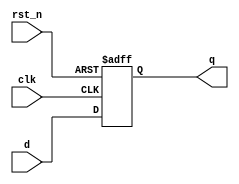
module d_flip_flop (
    input wire clk,     // Clock input
    input wire rst_n,   // Active low reset
    input wire d,       // Data input
    output reg q        // Data output
);

    // Behavioral description using @(event)
    always @(posedge clk or negedge rst_n) begin
        if (!rst_n) begin
            // Reset condition
            q <= 1'b0;  // Set output to 0 on reset
        end else begin
            // Capture data on rising edge of clock
            q <= d;     // Assign input d to output q
        end
    end

endmodule